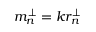
m _ { n } ^ { \perp } = k r _ { n } ^ { \perp }